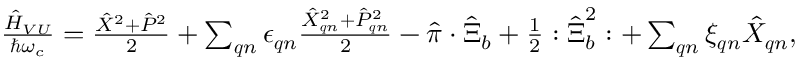
\begin{array} { r } { \frac { \hat { H } _ { V U } } { \hbar \omega _ { c } } = \frac { \hat { X } ^ { 2 } + \hat { P } ^ { 2 } } { 2 } + \sum _ { \boldsymbol { q } n } \epsilon _ { \boldsymbol { q } n } \frac { \hat { X } _ { \boldsymbol { q } n } ^ { 2 } + \hat { P } _ { \boldsymbol { q } n } ^ { 2 } } { 2 } - \hat { \boldsymbol { \pi } } \cdot \hat { \boldsymbol { \Xi } } _ { b } + \frac { 1 } { 2 } : \hat { \boldsymbol { \Xi } } _ { b } ^ { 2 } : + \sum _ { \boldsymbol { q } n } \xi _ { \boldsymbol { q } n } \hat { X } _ { \boldsymbol { q } n } , } \end{array}